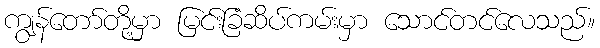
ကျွန်တော်တို့မှာ မြင်းခြံဆိပ်ကမ်းမှာ သောင်တင်လေသည်။